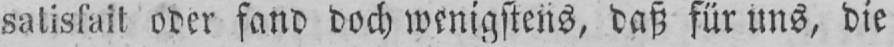
satisfait oder fand doch wenigstens, daß für uns, die